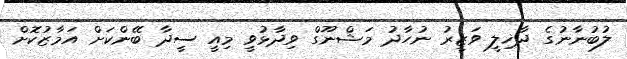
ލުބުނާނުގެ ދާޚިލީ ވަޒީރު ނުހާދު މަޝްނޫގް ވިދާޅުވީ މިއީ ސީދާ ބޭންކަށް އަމާޒުކޮށް